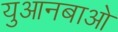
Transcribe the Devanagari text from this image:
युआनबाओ